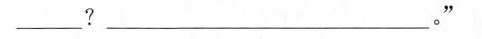
___?___。”